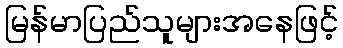
မြန်မာပြည်သူများအနေဖြင့်